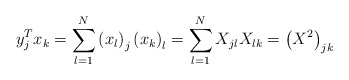
\begin{align*}y_{j}^{T}x_{k}=\sum_{l=1}^{N}\left( x_{l}\right) _{j}\left( x_{k}\right)_{l}=\sum_{l=1}^{N}X_{jl}X_{lk}=\left( X^{2}\right) _{jk}\end{align*}